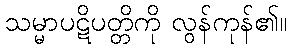
သမ္မာပဋိပတ္တိကို လွန်ကုန်၏။